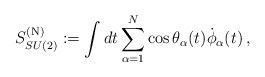
\begin{align*}S^{({\rm N})}_{SU(2)} := \int dt \sum\limits^{N}_{\alpha=1} \cos \theta_{\alpha}(t) \dot{\phi}_{\alpha} (t)\, ,\end{align*}